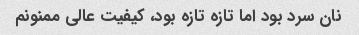
نان سرد بود اما تازه تازه بود، کیفیت عالی ممنونم